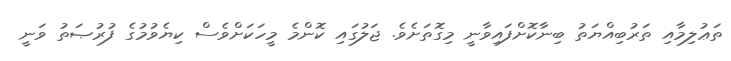
ތަޢުލިމާއި ތަރުބިއްޔަތު ބިނާކޮށްފައިވާނީ މިގޮތަށެވެ. ޖަލުގައި ކޮންމެ މީހަކަށްވެސް ކިޔެވުމުގެ ފުރުޞަތު ވަނީ